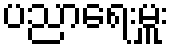
ပညာရေးမှူး